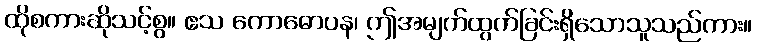
ထိုစကားဆိုသင့်စွ။ ဧသ ကောဓောပန၊ ဤအမျက်ထွက်ခြင်းရှိသောသူသည်ကား။